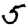
Digit: 5